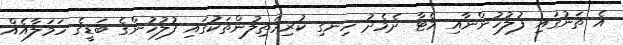
އެ ތަނުގައި ފުލުހުންނާއި މެޓާ ދެމެދު ހިނގި ކުރިމަތިލުންތަކުގައި ފުލުހުންގެ ބަޑީގެ ހަމަލާއެއް